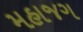
મહાજગ